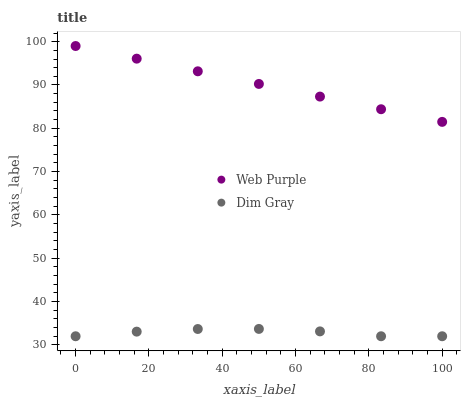
| xaxis_label | Web Purple | Dim Gray |
 | --- | --- | --- |
 | 0 | 99 | 32 |
 | 16.7 | 96.1 | 33.1 |
 | 33.3 | 93.2 | 33.7 |
 | 50 | 90.2 | 33.7 |
 | 66.7 | 87.3 | 33.1 |
 | 83.3 | 84.4 | 32 |
 | 100 | 81.5 | 32 |